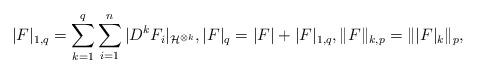
LaTeX: \begin{align*}|F|_{1,q}=\sum_{k=1}^q\sum_{i=1}^ n|D^ kF_i|_{\mathcal{H}^{\otimes k}},|F|_q=|F|+|F|_{1,q},\|F\|_{k,p}=\| |F|_k\|_p,\end{align*}